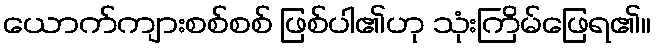
ယောက်ကျားစစ်စစ် ဖြစ်ပါ၏ဟု သုံးကြိမ်ဖြေရ၏။